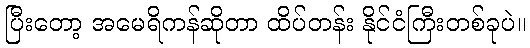
ပြီးတော့ အမေရိကန်ဆိုတာ ထိပ်တန်း နိုင်ငံကြီးတစ်ခုပဲ။